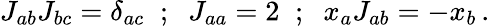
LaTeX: J_{ab}J_{bc}=\delta_{ac}\; \; ;\; \; J_{aa}=2\; \; ;\; \; x_{a}J_{ab}=-x_{b}\, .